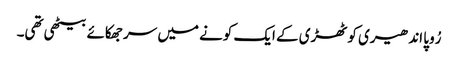
رُوپا اندھیری کوٹھڑی کے ایک کونے میں سر جھکائے بیٹھی تھی۔